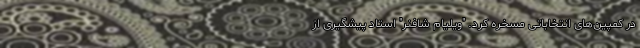
در کمپین‌های انتخاباتی مسخره کرد. "ویلیام شافنر" استاد پیشگیری از